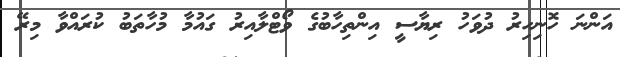
އަންނަ ހޮނިހިރު ދުވަހު ރިޔާސީ އިންތިހާބުގެ ވޯޓްލާއިރު ގައުމާ މުހާތަބު ކުރައްވާ މިރޭ